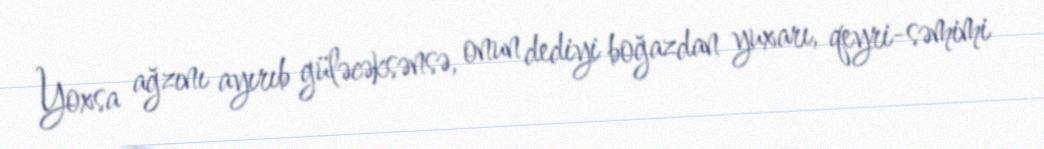
Yoxsa ağzını ayırıb güləcəksənsə, onun dediyi boğazdan yuxarı, qeyri-səmimi